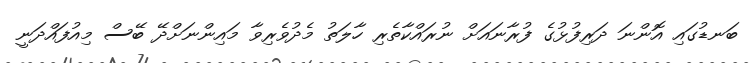
ބަނޑުގައި އޮންނަ ދަރިފުޅުގެ ފުރާނައަށް ނުރައްކާތެރި ހާލަތު މެދުވެރިވާ މައިންނަށްދޭ ބޭސް މިއުފައްދަނީ